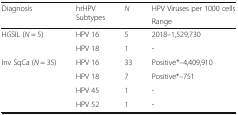
<table><thead><tr><td rowspan="2"><b>Diagnosis</b></td><td rowspan="2"><b>hrHPV Subtypes</b></td><td rowspan="2"><b><i>N</i></b></td><td><b>HPV Viruses per 1000 cells</b></td></tr><tr><td><b>Range</b></td></tr></thead><tbody><tr><td rowspan="2">H<i>G</i>SIL (<i>N</i> = 5)</td><td>HPV 16</td><td>5</td><td>2018–1,529,730</td></tr><tr><td>HPV 18</td><td>1</td><td>-</td></tr><tr><td rowspan="4">Inv SqCa (<i>N</i> = 35)</td><td>HPV 16</td><td>33</td><td>Positive*–4,409,910</td></tr><tr><td>HPV 18</td><td>7</td><td>Positive*–751</td></tr><tr><td>HPV 45</td><td>1</td><td>-</td></tr><tr><td>HPV 52</td><td>1</td><td>-</td></tr></tbody></table>